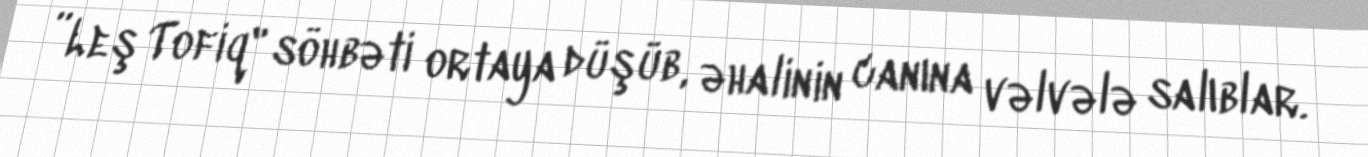
”Leş Tofiq" söhbəti ortaya düşüb, əhalinin canına vəlvələ salıblar.